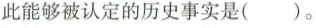
此能够被认定的历史事实是()。